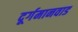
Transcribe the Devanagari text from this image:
दूर्गमानवाड